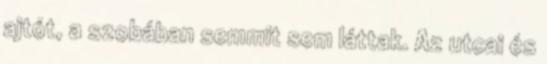
ajtót, a szobában semmit sem láttak. Az utcai és